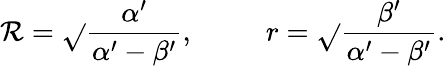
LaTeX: \mathcal{R}=\sqrt{}{{\frac{{\alpha^{\prime}}}{{\alpha^{\prime}-\beta^{\prime}}}}},~~~~~~~~~~r=\sqrt{}{{\frac{{\beta^{\prime}}}{{\alpha^{\prime}-\beta^{\prime}}}}}.